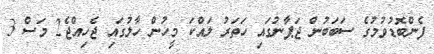
ފެންބޮޑުވުމުގެ ސަބަބުން ޖަޕާނުގައި ހަތަރު ލައްކަ މީހުން ހާލުގައި ޖެހިއްޖެ2 މަސް 3